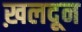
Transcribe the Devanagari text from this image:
ख़लदून